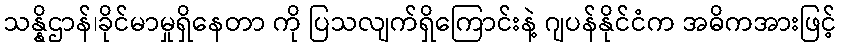
သန္နိဌာန်၊ခိုင်မာမှုရှိနေတာ ကို ပြသလျက်ရှိကြောင်းနဲ့ ဂျပန်နိုင်ငံက အဓိကအားဖြင့်